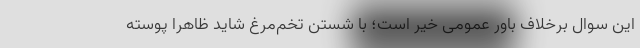
این سوال برخلاف باور عمومی خیر است؛ با شستن تخم‌مرغ شاید ظاهرا پوسته